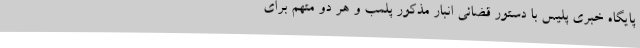
پایگاه خبری پلیس با دستور قضائی انبار مذکور پلمب و هر دو متهم برای